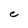
Character: C